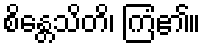
စိန္တေသိတိ၊ ကြံ၏။